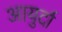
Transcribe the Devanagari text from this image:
आयुर्दा